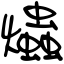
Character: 爞